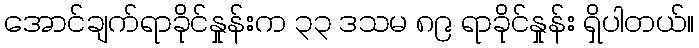
အောင်ချက်ရာခိုင်နှုန်းက ၃၃ ဒသမ ၈၉ ရာခိုင်နှုန်း ရှိပါတယ်။